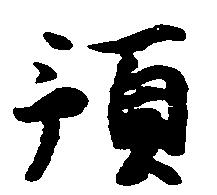
預